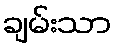
ချမ်းသာ